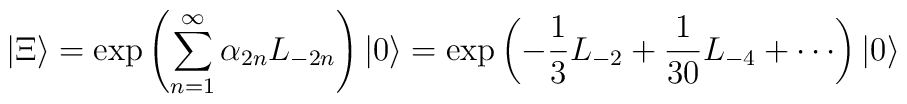
| \Xi \rangle = \exp\left(\sum_{n = 1}^{\infty}\alpha_{2n} L_{-2n}\right) | 0 \rangle = \exp\left( -\frac{1}{3} L_{-2} +\frac{1}{30}L_{-4} + \cdots \right) | 0 \rangle